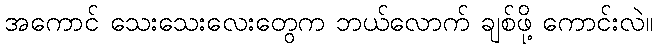
အကောင် သေးသေးလေးတွေက ဘယ်လောက် ချစ်ဖို့ ကောင်းလဲ။